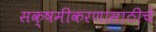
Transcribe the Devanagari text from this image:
सक्षमीकरणासाठीचे